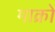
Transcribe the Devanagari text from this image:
माक्रो